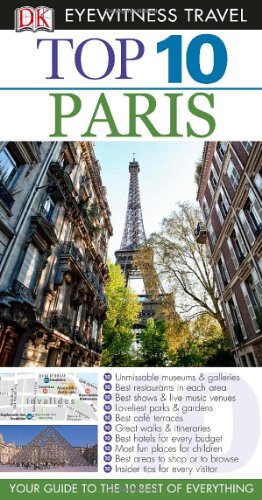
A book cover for Top 10 Paris (Eyewitness Top 10 Travel Guide); Mike Gerrard; History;